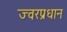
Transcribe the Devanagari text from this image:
ज्वरप्रधान